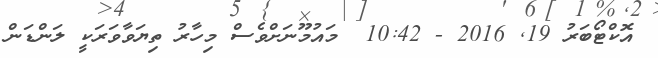
އޮކްޓޯބަރު 19